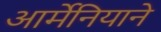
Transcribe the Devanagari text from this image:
आर्मेनियाने